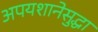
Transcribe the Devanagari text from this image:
अपयशानेसुद्धा